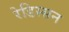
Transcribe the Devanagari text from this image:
रेडिस्सन